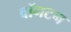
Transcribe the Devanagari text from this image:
बॉनटन